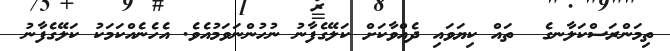
ތިމަންރަސްކަލާނގެ  ތައް ކިޔަވައި ދެއްވާކަށް ކަލޭގެފާނު ނުހުންނަވަމުއެވެ. އެހެނެއްކަމަކު ކަލޭގެފާނު